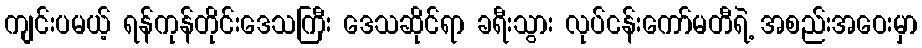
ကျင်းပမယ့် ရန်ကုန်တိုင်းဒေသကြီး ဒေသဆိုင်ရာ ခရီးသွား လုပ်ငန်းကော်မတီရဲ့ အစည်းအဝေးမှာ